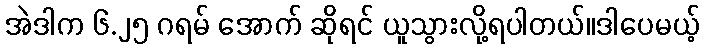
အဲဒါက ၆.၂၅ ဂရမ် အောက် ဆိုရင် ယူသွားလို့ရပါတယ်။ဒါပေမယ့်